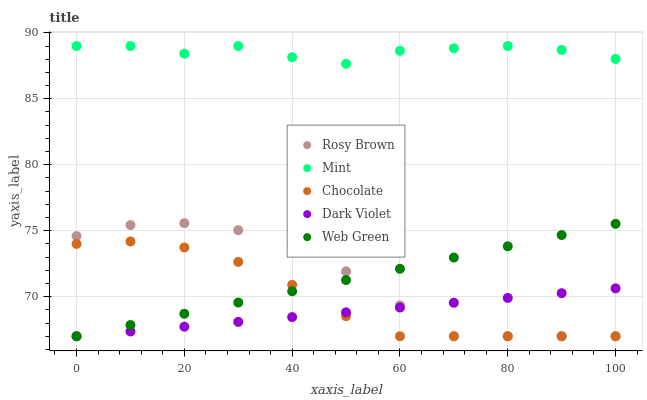
| xaxis_label | Rosy Brown | Mint | Chocolate | Dark Violet | Web Green |
 | --- | --- | --- | --- | --- | --- |
 | 0 | 74.6 | 89 | 74 | 67 | 67 |
 | 10 | 75.4 | 89 | 74.2 | 67.4 | 67.9 |
 | 20 | 75.6 | 88.4 | 73.7 | 67.7 | 68.7 |
 | 30 | 75 | 89 | 72.6 | 68.1 | 69.6 |
 | 40 | 73.8 | 88.1 | 70.9 | 68.5 | 70.4 |
 | 50 | 71.9 | 87.7 | 68.5 | 68.8 | 71.3 |
 | 60 | 69.3 | 88.6 | 67 | 69.2 | 72.1 |
 | 70 | 67 | 88.8 | 67 | 69.5 | 73 |
 | 80 | 67 | 89 | 67 | 69.9 | 73.8 |
 | 90 | 67 | 88.7 | 67 | 70.3 | 74.7 |
 | 100 | 67 | 88 | 67 | 70.6 | 75.5 |